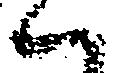
ハ